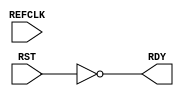
module IDELAYCTRL #(
)(
  output RDY,
  input REFCLK,
  input RST
);

assign RDY = !RST;
endmodule